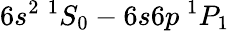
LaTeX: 6s^{2}~^{1}S_{0}-6s6p~^{1}P_{1}